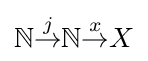
\mathbb {N} {\overset {j}{\to }}\mathbb {N} {\overset {x}{\to }}X